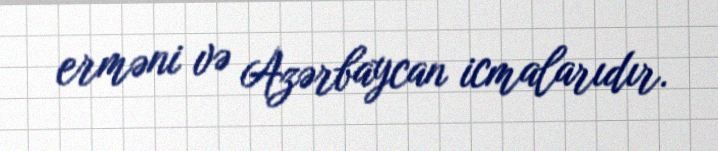
erməni və Azərbaycan icmalarıdır.